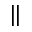
\|